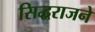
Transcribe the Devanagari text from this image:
सिद्धराजने